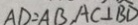
A D = A B , A C \bot B D